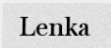
Lenka